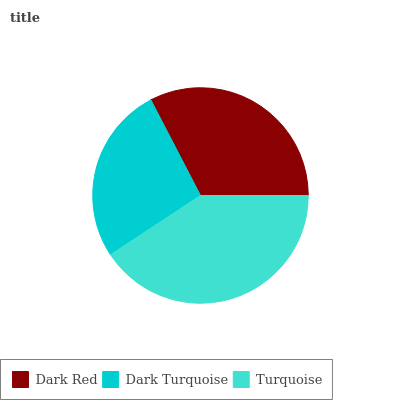
| Dark Red | Dark Turquoise | Turquoise |
 | --- | --- | --- |
 | 32.6% | 26.6% | 40.8% |